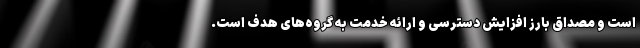
است و مصداق بارز افزایش دسترسی و ارائه خدمت به گروه‌های هدف است.